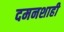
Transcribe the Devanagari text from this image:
दमनशाही